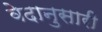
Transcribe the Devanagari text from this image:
वेदानुसारी